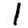
Digit: 1